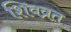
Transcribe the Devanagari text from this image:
शिवव्रत